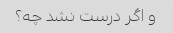
و اگر درست نشد چه؟